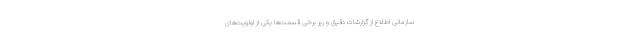
سازمانی اطلاع از گزارشات دقیق و ریز برخی قسمت‌ها یکی از اولویت‌های